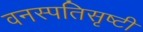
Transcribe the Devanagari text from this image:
वनस्पतिसृष्टी